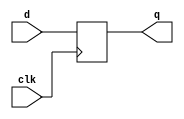


//from https://blog.csdn.net/mcupro/article/details/9900559
 
// liwei 715713994@qq.com  

 /*
 
 regs#(.w(1),.l(8)) regs (
 clk(clk),
 d(d),
 q(q)
);
 
 */

module regs#(parameter w=1,parameter l=1) (
input clk,
input [w-1:0] d,
output [w-1:0] q
);
 
reg [w-1:0]R [ 0 : l- 1]; 
genvar   i;
generate
        for(i=0;i<l ;i=i+1)
        begin : genN
        always @ (posedge clk)
        if (i==0)R[0]<=d;
        else 
        R[i]<=R[i-1];
        end        
endgenerate
        assign q = R[ l - 1 ];
endmodule